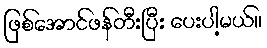
ဖြစ်အောင်ဖန်တီးပြီး ပေးပါ့မယ်။